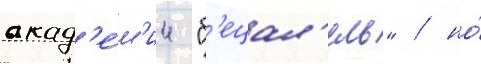
акад'е́м'ии "б'ецал'ель" / но́